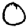
Digit: 0